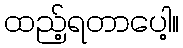
ထည့်ရတာပေါ့။